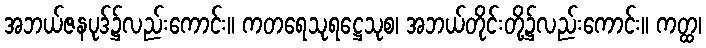
အဘယ်ဇနပုဒ်၌လည်းကောင်း။ ကတရေသုရဋ္ဌေသုစ၊ အဘယ်တိုင်းတို့၌လည်းကောင်း။ ကတ္ထ၊